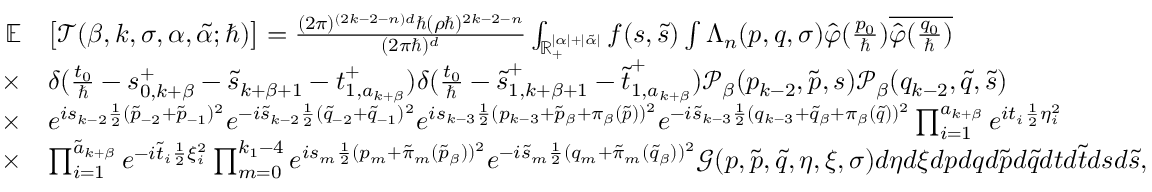
\begin{array} { r l } { \mathbb { E } } & { \big [ \mathcal { T } ( \beta , k , \sigma , \alpha , \tilde { \alpha } ; \hbar ) \big ] = \frac { ( 2 \pi ) ^ { ( 2 k - 2 - n ) d } \hbar ( \rho \hbar ) ^ { 2 k - 2 - n } } { ( 2 \pi \hbar ) ^ { d } } \int _ { \mathbb { R } _ { + } ^ { | \alpha | + | \tilde { \alpha } | } } f ( \boldsymbol { s } , \boldsymbol { \tilde { s } } ) \int \Lambda _ { n } ( \boldsymbol { p } , \boldsymbol { q } , \sigma ) \hat { \varphi } ( \frac { p _ { 0 } } { \hbar } ) \overline { { \hat { \varphi } ( \frac { q _ { 0 } } { \hbar } ) } } } \\ { \times } & { \delta ( \frac { t _ { 0 } } { \hbar } - \boldsymbol { s } _ { 0 , k + \beta } ^ { + } - \tilde { s } _ { k + \beta + 1 } - \boldsymbol { t } _ { 1 , a _ { k + \beta } } ^ { + } ) \delta ( \frac { t _ { 0 } } { \hbar } - \boldsymbol { \tilde { s } } _ { 1 , k + \beta + 1 } ^ { + } - \boldsymbol { \tilde { t } } _ { 1 , a _ { k + \beta } } ^ { + } ) \mathcal { P } _ { \beta } ( p _ { k - 2 } , \boldsymbol { \tilde { p } } , \boldsymbol { s } ) \mathcal { P } _ { \beta } ( q _ { k - 2 } , \boldsymbol { \tilde { q } } , \boldsymbol { \tilde { s } } ) } \\ { \times } & { e ^ { i s _ { k - 2 } \frac { 1 } { 2 } ( \tilde { p } _ { - 2 } + \tilde { p } _ { - 1 } ) ^ { 2 } } e ^ { - i \tilde { s } _ { k - 2 } \frac { 1 } { 2 } ( \tilde { q } _ { - 2 } + \tilde { q } _ { - 1 } ) ^ { 2 } } e ^ { i s _ { k - 3 } \frac { 1 } { 2 } ( p _ { k - 3 } + \tilde { p } _ { \beta } + \pi _ { \beta } ( \boldsymbol { \tilde { p } } ) ) ^ { 2 } } e ^ { - i \tilde { s } _ { k - 3 } \frac { 1 } { 2 } ( q _ { k - 3 } + \tilde { q } _ { \beta } + \pi _ { \beta } ( \boldsymbol { \tilde { q } } ) ) ^ { 2 } } \prod _ { i = 1 } ^ { a _ { k + \beta } } e ^ { i t _ { i } \frac { 1 } { 2 } \eta _ { i } ^ { 2 } } } \\ { \times } & { \prod _ { i = 1 } ^ { \tilde { a } _ { k + \beta } } e ^ { - i \tilde { t } _ { i } \frac { 1 } { 2 } \xi _ { i } ^ { 2 } } \prod _ { m = 0 } ^ { k _ { 1 } - 4 } e ^ { i s _ { m } \frac { 1 } { 2 } ( p _ { m } + \tilde { \pi } _ { m } ( \tilde { p } _ { \beta } ) ) ^ { 2 } } e ^ { - i \tilde { s } _ { m } \frac { 1 } { 2 } ( q _ { m } + \tilde { \pi } _ { m } ( \tilde { q } _ { \beta } ) ) ^ { 2 } } \mathcal { G } ( \boldsymbol { p } , \boldsymbol { \tilde { p } } , \boldsymbol { \tilde { q } } , \boldsymbol { \eta } , \boldsymbol { \xi } , \sigma ) d \boldsymbol { \eta } d \boldsymbol { \xi } d \boldsymbol { p } d \boldsymbol { q } d \boldsymbol { \tilde { p } } d \boldsymbol { \tilde { q } } d \boldsymbol { t } d \boldsymbol { \tilde { t } } d \boldsymbol { s } d \boldsymbol { \tilde { s } } , } \end{array}